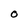
Character: O